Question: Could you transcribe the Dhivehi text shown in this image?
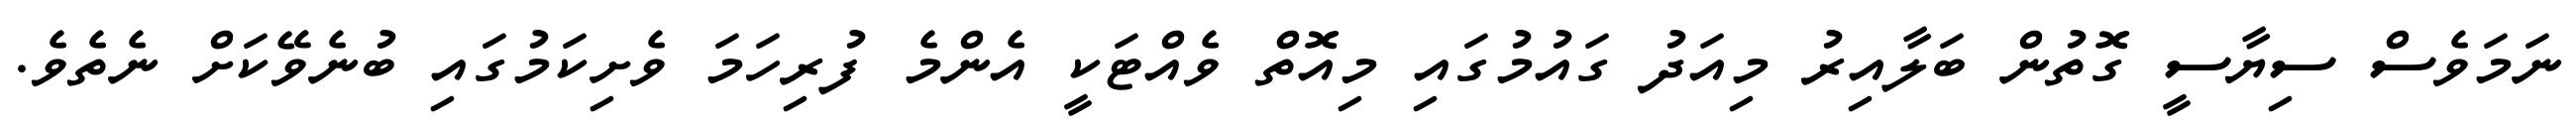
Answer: ނަމަވެސް ސިޔާސީ ގޮތުން ބަލާއިރު މިއަދު ގައުމުގައި މިއޮތް ވެއްޓަކީ އެންމެ ފުރިހަމަ ވެށިކަމުގައި ބުނެވޭކަށް ނެތެވެ.